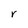
Character: r